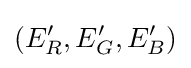
(E'_{R},E'_{G},E'_{B})